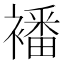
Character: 襎